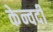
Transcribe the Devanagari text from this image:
केन्वर्दी